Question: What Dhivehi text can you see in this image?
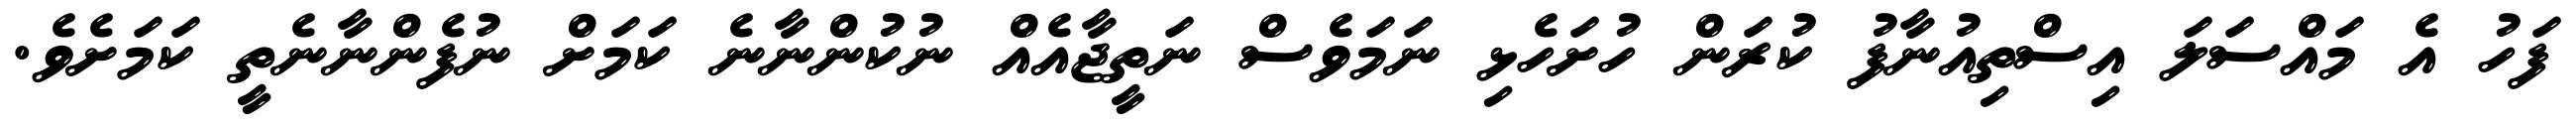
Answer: ފަހު އެ މައްސަލަ އިސްތިއުނާފު ކުރަން ހުށަހެޅި ނަމަވެސް ނަތީޖާއެއް ނުކުންނާނެ ކަމަށް ނުފެންނާނެތީ ކަމަށެވެ.